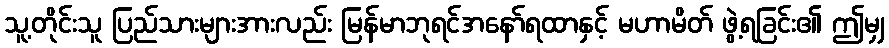
သူ့တိုင်းသူ ပြည်သားများအားလည်း မြန်မာဘုရင်အနော်ရထာနှင့် မဟာမိတ် ဖွဲ့ရခြင်း၏ ဤမျှ